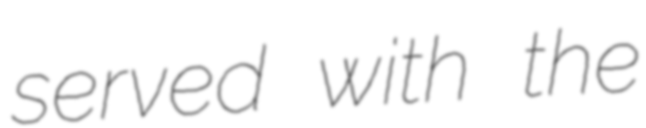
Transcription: served with the